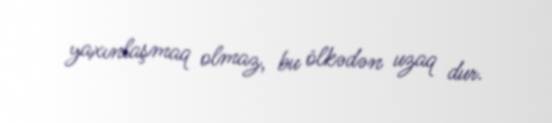
yaxınlaşmaq olmaz, bu ölkədən uzaq dur.